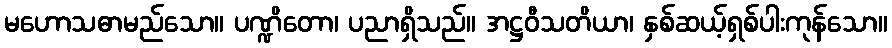
မဟောသဓာမည်သော။ ပဏ္ဍိတော၊ ပညာရှိသည်။ အဋ္ဌဝီသတိယာ၊ နှစ်ဆယ့်ရှစ်ပါးကုန်သော။